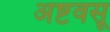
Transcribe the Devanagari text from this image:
अष्टवसू